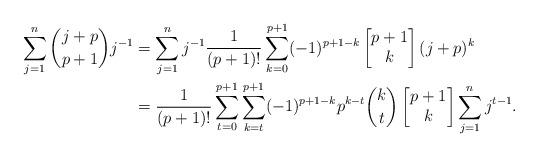
LaTeX: \begin{align*}\sum_{j=1}^{n} \binom{j+p}{p+1} j^{-1} & = \sum_{j=1}^{n} j^{-1} \frac{1}{(p+1)!}\sum_{k=0}^{p+1} (-1)^{p+1-k} \begin{bmatrix} p+1 \\ k \end{bmatrix} (j+p)^{k} \\& = \frac{1}{(p+1)!} \sum_{t=0}^{p+1}\sum_{k=t}^{p+1} (-1)^{p+1-k} p^{k-t} \binom{k}{t}\begin{bmatrix} p+1 \\ k \end{bmatrix} \sum_{j=1}^{n} j^{t-1}.\end{align*}